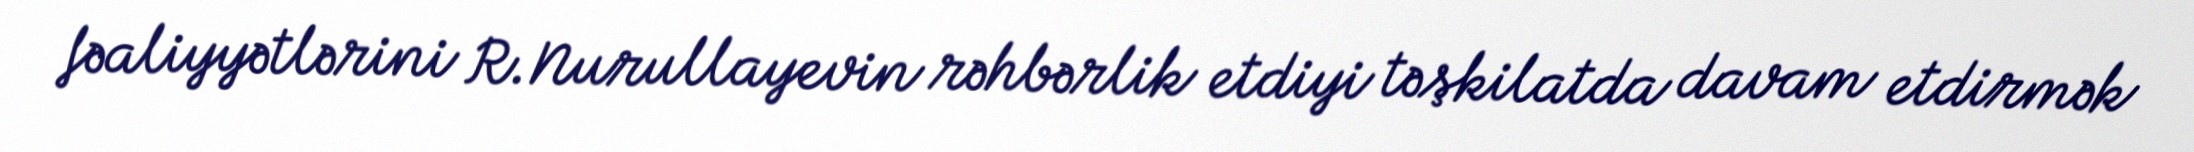
fəaliyyətlərini R.Nurullayevin rəhbərlik etdiyi təşkilatda davam etdirmək